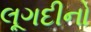
લૂગદીનો